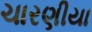
ચારણીયા